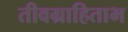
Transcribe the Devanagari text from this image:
तीवग्राहिताभ